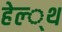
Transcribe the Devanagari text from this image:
हेल्‍्थ